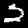
Digit: 2